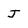
Character: J